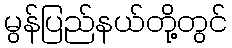
မွန်ပြည်နယ်တို့တွင်